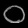
Digit: ၀